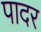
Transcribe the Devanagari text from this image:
पादर